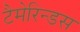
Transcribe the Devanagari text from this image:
टैमेरिन्डस